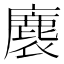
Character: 𮭴